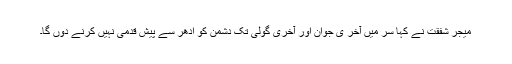
میجر شفقت نے کہا سر میں آخر ی جوان اور آخری گولی تک دشمن کو ادھر سے پیش قدمی نہیں کرنے دوں گا۔